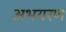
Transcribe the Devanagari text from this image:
अभयरण